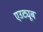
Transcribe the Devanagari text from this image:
एउट्यूब